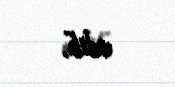
edib.